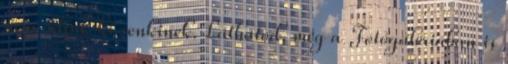
nem adjuk ki senkinek. Láthatod, még a Fotógalériában is